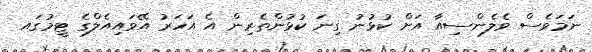
ނަމަވެސް ވެލެންސިއާ އަށް ކުޅުނު ގިނަ ކުޅުންތެރިން އެ އަހަރު އޭވައިއެލްގެ ޓީމުގައ